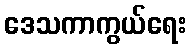
ဒေသကာကွယ်ရေး